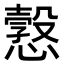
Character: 𢢿